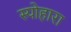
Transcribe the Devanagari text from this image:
स्योहारा